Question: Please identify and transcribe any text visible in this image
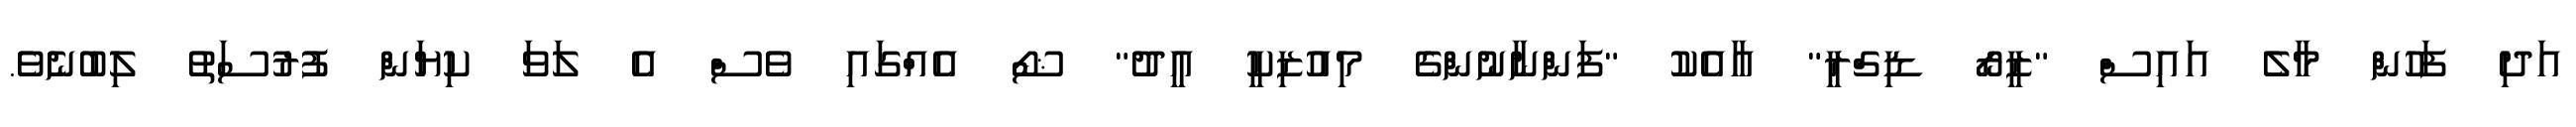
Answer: އަދި ފަހުން މާލެ އައިސް "ޒީރޯ ޑިގްރީ" އާއެކު "ފަންނާނުންގެ މިއުޒިކީ އީދު" ޝޯ އެއްގައި ވެސް އެ ލަވަ ކިޔަން ފުރުސަތު ލިބުނެވެ.